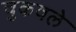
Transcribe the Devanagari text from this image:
चुकवले